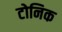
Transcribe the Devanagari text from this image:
टोनिक